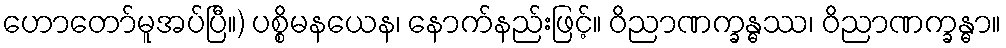
ဟောတော်မူအပ်ပြီ။) ပစ္စိမနယေန၊ နောက်နည်းဖြင့်။ ဝိညာဏက္ခန္ဓဿ၊ ဝိညာဏက္ခန္ဓာ။